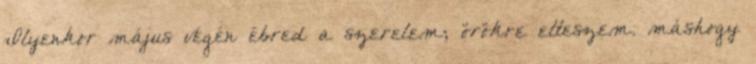
Ilyenkor május végén ébred a szerelem; örökre elteszem. máshogy